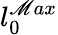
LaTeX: l_{0}^{\mathscr{M}ax}